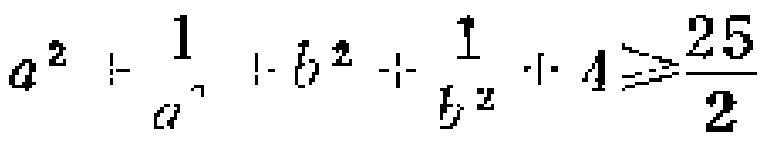
$a^{2}+\frac{1}{a^{2}}+b^{2}+\frac{1}{b^{2}} + 4\geqslant\frac{25}{2}$